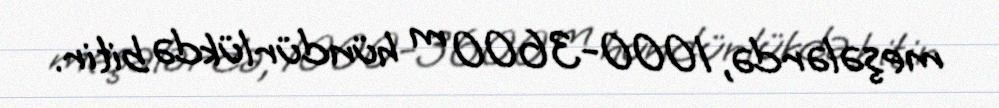
meşələrdə, 1000-3600 m hündürlükdə bitir.